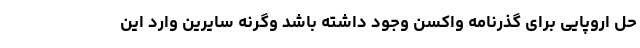
حل اروپایی برای گذرنامه واکسن وجود داشته باشد وگرنه سایرین وارد این